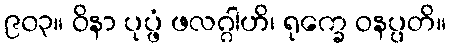
၉၀၃။ ဝိနာ ပုပ္ဖံ ဖလဂ္ဂါဟိ၊ ရုက္ခေ ဝနပ္ပတိ။